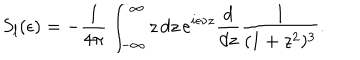
LaTeX: S _ { l } ( \epsilon ) = - { \frac { 1 } { 4 \pi } } \int _ { - \infty } ^ { \infty } z \, d z \, e ^ { i \epsilon \nu z } { \frac { d } { d z } } { \frac { 1 } { ( 1 + z ^ { 2 } ) ^ { 3 } } } .